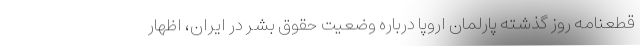
قطعنامه روز گذشته پارلمان اروپا درباره وضعیت حقوق بشر در ایران، اظهار